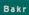
bakr